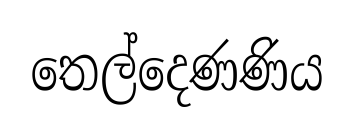
තෙල්දෙණණිය